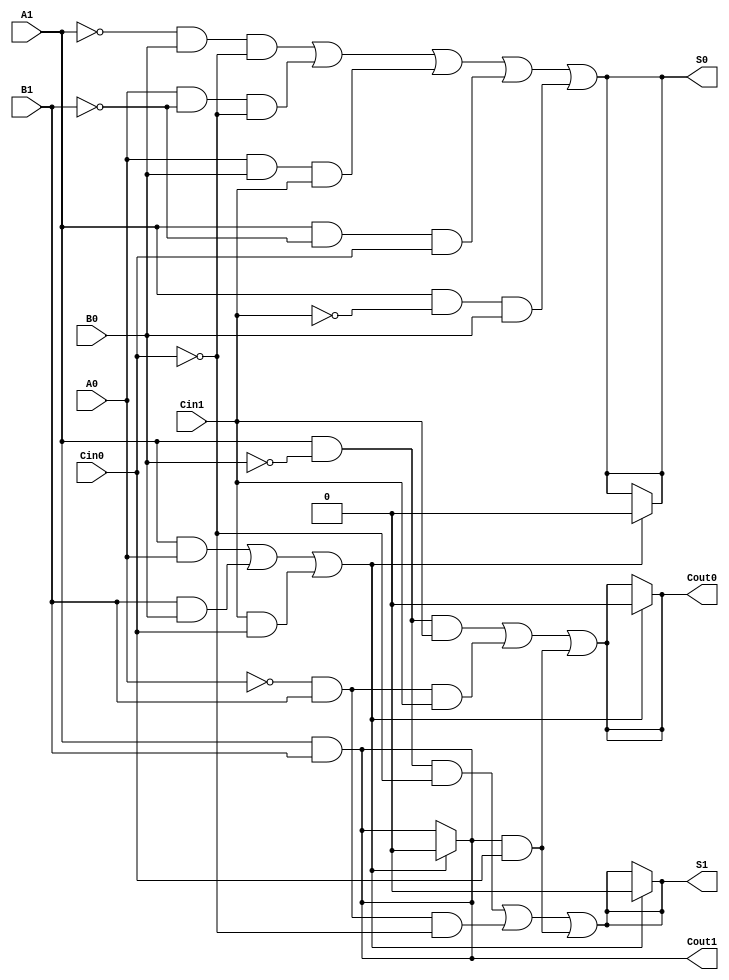
module dual_rail_full_adder (
    input wire A1, A0,    // Dual-rail representation of input A
    input wire B1, B0,    // Dual-rail representation of input B
    input wire Cin1, Cin0, // Dual-rail representation of carry input
    output wire S1, S0,   // Dual-rail representation of sum output
    output wire Cout1, Cout0 // Dual-rail representation of carry output
);

// Intermediate signals for sum calculations
wire A = A1 | ~A0; // Decode A
wire B = B1 | ~B0; // Decode B
wire Cin = Cin1 | ~Cin0; // Decode Cin

// Sum logic
assign S1 = (A1 & ~B0 & ~Cin0) | (~A0 & B1 & ~Cin0) | (A1 & B1 & Cin0);
assign S0 = (~A1 & B0 & ~Cin0) | (A0 & ~B1 & ~Cin0) | (A0 & B0 & Cin1) | (A1 & ~B1 & Cin0) | (A1 & ~Cin1 & B0);

// Carry logic
assign Cout1 = A1 & B1; // A = 1 and B = 1
assign Cout0 = (A1 & ~B0 & Cin1) | (~A0 & B1 & Cin1) | (A1 & B1 & Cin0);

// Fault tolerance checking
// Outputs must be in valid states: If both rails are high for any signal, indicate a fault
wire fault_A = A1 & A0; // Invalid state for A
wire fault_B = B1 & B0; // Invalid state for B
wire fault_Cin = Cin1 & Cin0; // Invalid state for Cin

assign S1 = fault_A | fault_B | fault_Cin ? 1'b0 : S1;
assign S0 = fault_A | fault_B | fault_Cin ? 1'b0 : S0;
assign Cout1 = fault_A | fault_B | fault_Cin ? 1'b0 : Cout1;
assign Cout0 = fault_A | fault_B | fault_Cin ? 1'b0 : Cout0;

endmodule